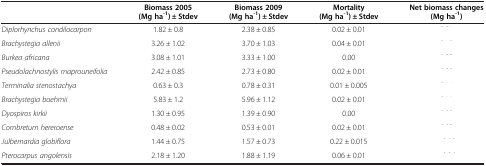
<table><thead><tr><td>[EMPTY_CELL]</td><td><b>Biomass 2005 (Mg ha<sup>-1</sup>) ± Stdev</b></td><td><b>Biomass 2009 (Mg ha<sup>-1</sup>) ± Stdev</b></td><td><b>Mortality (Mg ha<sup>-1</sup>) ± Stdev</b></td><td><b>Net biomass changes (Mg ha<sup>-1</sup>)</b></td></tr></thead><tbody><tr><td><i>Diplorhynchus condilocarpon</i></td><td>1.82 ± 0.8</td><td>2.38 ± 0.85</td><td>0.02 ± 0.01</td><td>[EMPTY_CELL]</td></tr><tr><td><i>Brachystegia allenii</i></td><td>3.26 ± 1.02</td><td>3.70 ± 1.03</td><td>0.04 ± 0.01</td><td>[EMPTY_CELL]</td></tr><tr><td><i>Burkea africana</i></td><td>3.08 ± 1.01</td><td>3.33 ± 1.00</td><td>0.00</td><td>[EMPTY_CELL]</td></tr><tr><td><i>Pseudolachnostylis maprouneifolia</i></td><td>2.42 ± 0.85</td><td>2.73 ± 0.80</td><td>0.02 ± 0.01</td><td>[EMPTY_CELL]</td></tr><tr><td><i>Terminalia stenostachya</i></td><td>0.63 ± 0.3</td><td>0.78 ± 0.31</td><td>0.01 ± 0.005</td><td>[EMPTY_CELL]</td></tr><tr><td><i>Brachystegia boehmii</i></td><td>5.83 ± 1.2</td><td>5.96 ± 1.12</td><td>0.02 ± 0.01</td><td>[EMPTY_CELL]</td></tr><tr><td><i>Dyospiros kirkii</i></td><td>1.30 ± 0.95</td><td>1.39 ± 0.90</td><td>0.00</td><td>[EMPTY_CELL]</td></tr><tr><td><i>Combretum hereroense</i></td><td>0.48 ± 0.02</td><td>0.53 ± 0.01</td><td>0.02 ± 0.01</td><td>[EMPTY_CELL]</td></tr><tr><td><i>Julbernardia globiflora</i></td><td>1.44 ± 0.75</td><td>1.57 ± 0.73</td><td>0.22 ± 0.015</td><td>[EMPTY_CELL]</td></tr><tr><td><i>Pterocarpus angolensis</i></td><td>2.18 ± 1.20</td><td>1.88 ± 1.19</td><td>0.06 ± 0.01</td><td>[EMPTY_CELL]</td></tr></tbody></table>